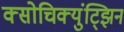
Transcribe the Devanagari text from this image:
क्सोचिक्युंट्झिन